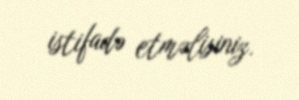
istifadə etməlisiniz.